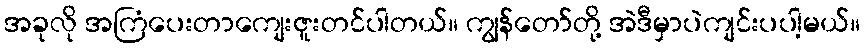
အခုလို အကြံပေးတာကျေးဇူးတင်ပါတယ်။ ကျွန်တော်တို့ အဲဒီမှာပဲကျင်းပပါ့မယ်။